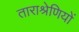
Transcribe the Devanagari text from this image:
ताराश्रेणियों